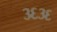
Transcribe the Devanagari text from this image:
३६३६